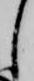
し